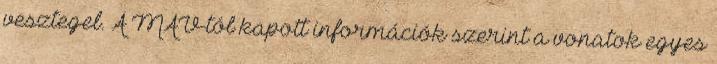
vesztegel. A MÁV-tól kapott információk szerint a vonatok egyes